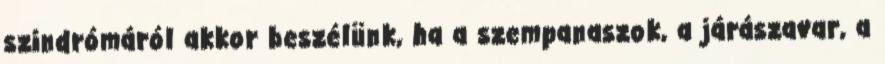
szindrómáról akkor beszélünk, ha a szempanaszok, a járászavar, a